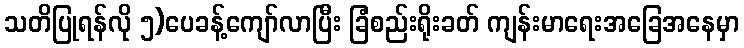
သတိပြုရန်လို ၅)ပေခန့်ကျော်လာပြီး ခြံစည်းရိုးခတ် ကျန်းမာရေးအခြေအနေမှာ